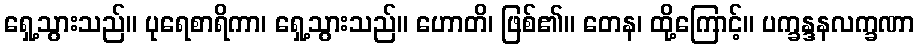
ရှေ့သွားသည်။ ပုရေစာရိကာ၊ ရှေ့သွားသည်။ ဟောတိ၊ ဖြစ်၏။ တေန၊ ထို့ကြောင့်။ ပက္ခန္ဒနလက္ခဏာ